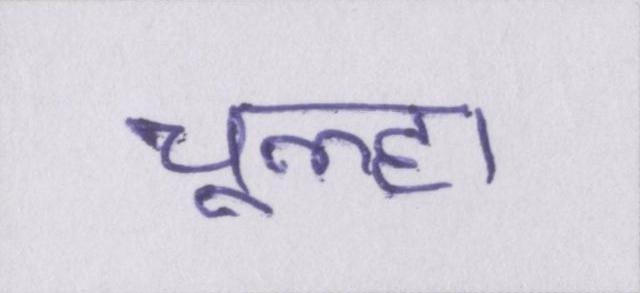
चूल्हा